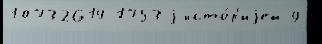
10732614-1753 j исто́р'иjей 9